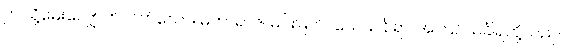
ဤသို့မေးလျှောက်လတ်သော်။ မဟာရာဇ၊ မင်းမြတ်။ ယေသင်္ခါရာ၊ အကြင်သင်္ခါရတို့သည်။